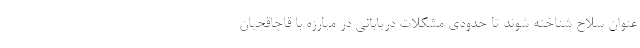
عنوان سلاح شناخته شوند تا حدودی مشکلات دریابانی در مبارزه با قاچاقچیان